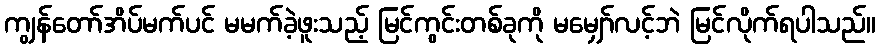
ကျွန်တော်အိပ်မက်ပင် မမက်ခဲ့ဖူးသည့် မြင်ကွင်းတစ်ခုကို မမျှော်လင့်ဘဲ မြင်လိုက်ရပါသည်။